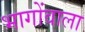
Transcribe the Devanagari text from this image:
भागोंवाला